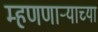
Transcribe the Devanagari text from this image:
म्हणणार्‍याच्या